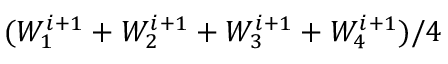
( \boldsymbol { W _ { 1 } ^ { i + 1 } } + \boldsymbol { W _ { 2 } ^ { i + 1 } } + \boldsymbol { W _ { 3 } ^ { i + 1 } } + \boldsymbol { W _ { 4 } ^ { i + 1 } } ) / 4